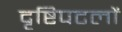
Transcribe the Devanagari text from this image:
दृष्टिपटलों